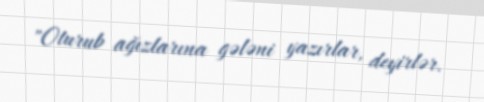
"Oturub ağızlarına gələni yazırlar, deyirlər.